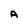
Character: A